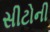
સીટોની